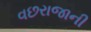
વછરાજાની